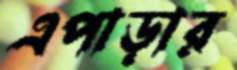
এপাড়ার